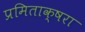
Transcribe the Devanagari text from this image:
प्रमिताक्षरा